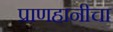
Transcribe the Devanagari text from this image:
प्राणहानीचा